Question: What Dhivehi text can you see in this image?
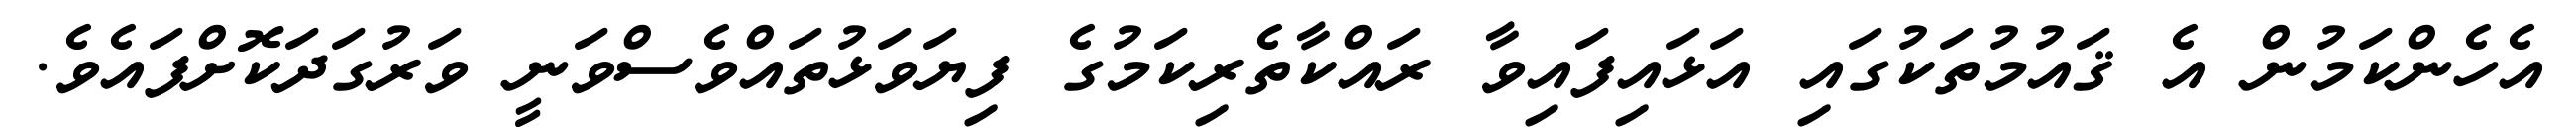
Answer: އެހެންކަމުން އެ ޤައުމުތަކުގައި އަޅައިފައިވާ ރައްކާތެރިކަމުގެ ފިޔަވަޅުތައްވެސްވަނީ ވަރުގަދަކޮށްފައެވެ.